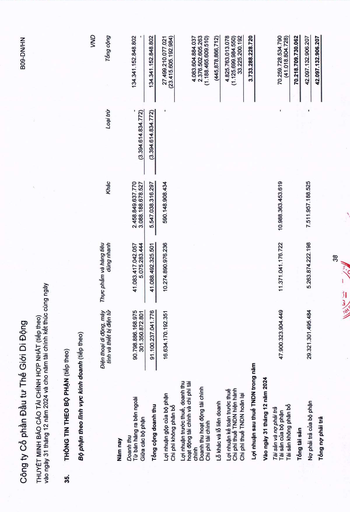
||||||VND| |---|---|---|---|---|---| ||Điện thoại di động, máy tính và thiết bị điện tử|Thực phẩm và hàng tiêu dùng nhanh|Khác|Loại trừ|Tổng cộng| |Năm nay|||||| |Doanh thu|||||| |Từ bán hàng ra bên ngoài|90.798.886.168.975|41.083.417.042.057|2.458.849.637.770||134.341.152.848.802| |Giữa các bộ phận|301.350.872.801|5.075.283.444|3.088.188.678.527|(3.394.614.834.772)|| |Tổng cộng doanh thu|91.100.237.041.776|41.088.492.325.501|5.547.038.316.297|(3.394.614.834.772)|134.341.152.848.802| |Lợi nhuận gộp của bộ phận|16.634.170.192.351|10.274.890.976.236|590.148.908.434||27.499.210.077.021| |Chi phí không phân bổ|||||(23.415.605.192.984)| |Lợi nhuận trước thuế, doanh thu hoạt động tài chính và chi phí tài chính|||||4.083.604.884.037| |Doanh thu hoạt động tài chính|||||2.376.502.605.263| |Chi phí tài chính|||||(1.188.465.609.510)| |Lãi khác và lãi liên doanh|||||(445.878.866.712)| |Lợi nhuận kế toán trước thuế|||||4.825.763.013.078| |Chi phí thuế TNDN hiện hành|||||(1.125.699.984.550)| |Chi phí thuế TNDN hoãn lại|||||33.225.200.192| |Lợi nhuận sau thuế TNDN trong năm|||||3.733.288.228.720| |Vào ngày 31 tháng 12 năm 2024|||||| |Tài sản và nợ phải trả|||||| |Tài sản của bộ phận|47.900.323.904.449|11.371.041.176.722|10.988.363.453.619||70.259.728.534.790| |Tài sản không phân bổ|||||(41.018.804.728)| |Tổng tài sản|||||70.218.709.730.062| |Nợ phải trả của bộ phận|29.321.301.495.484|5.263.874.222.198|7.511.957.188.525||42.097.132.906.207| |Tổng nợ phải trả|||||42.097.132.906.207|